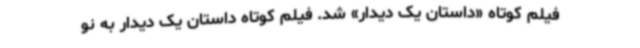
فیلم کوتاه «داستان یک دیدار» شد. فیلم کوتاه داستان یک دیدار به نو